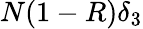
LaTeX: N(1-R)\delta_{3}